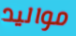
مواليد